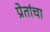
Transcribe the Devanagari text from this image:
प्रेतांचा